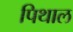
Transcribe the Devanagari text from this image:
पिथाल